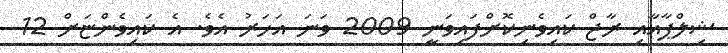
ޝިލްޕާއާއި ރާޖް ކައިވެނިކޮށްފައިވަނީ 2009 ވަނަ އަހަރު އެވެ. އެ ކައިވެންޏަށް 12